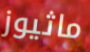
ماثيوز